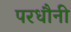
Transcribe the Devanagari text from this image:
परधौनी